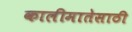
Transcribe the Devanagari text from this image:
कालीमातेसाठी